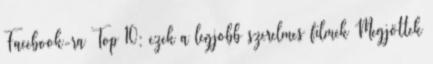
Facebook-ra Top 10: ezek a legjobb szerelmes filmek Megjöttek